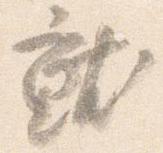
就